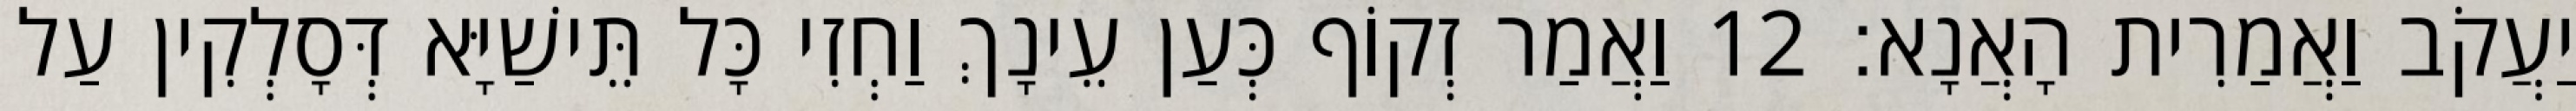
יַעֲקֹב וַאֲמַרִית הָאֲנָא׃ 12 וַאֲמַר זְקוֹף כְּעַן עֵינָךְ וַחְזִי כָּל תֵּישַׁיָּא דְּסָלְקִין עַל